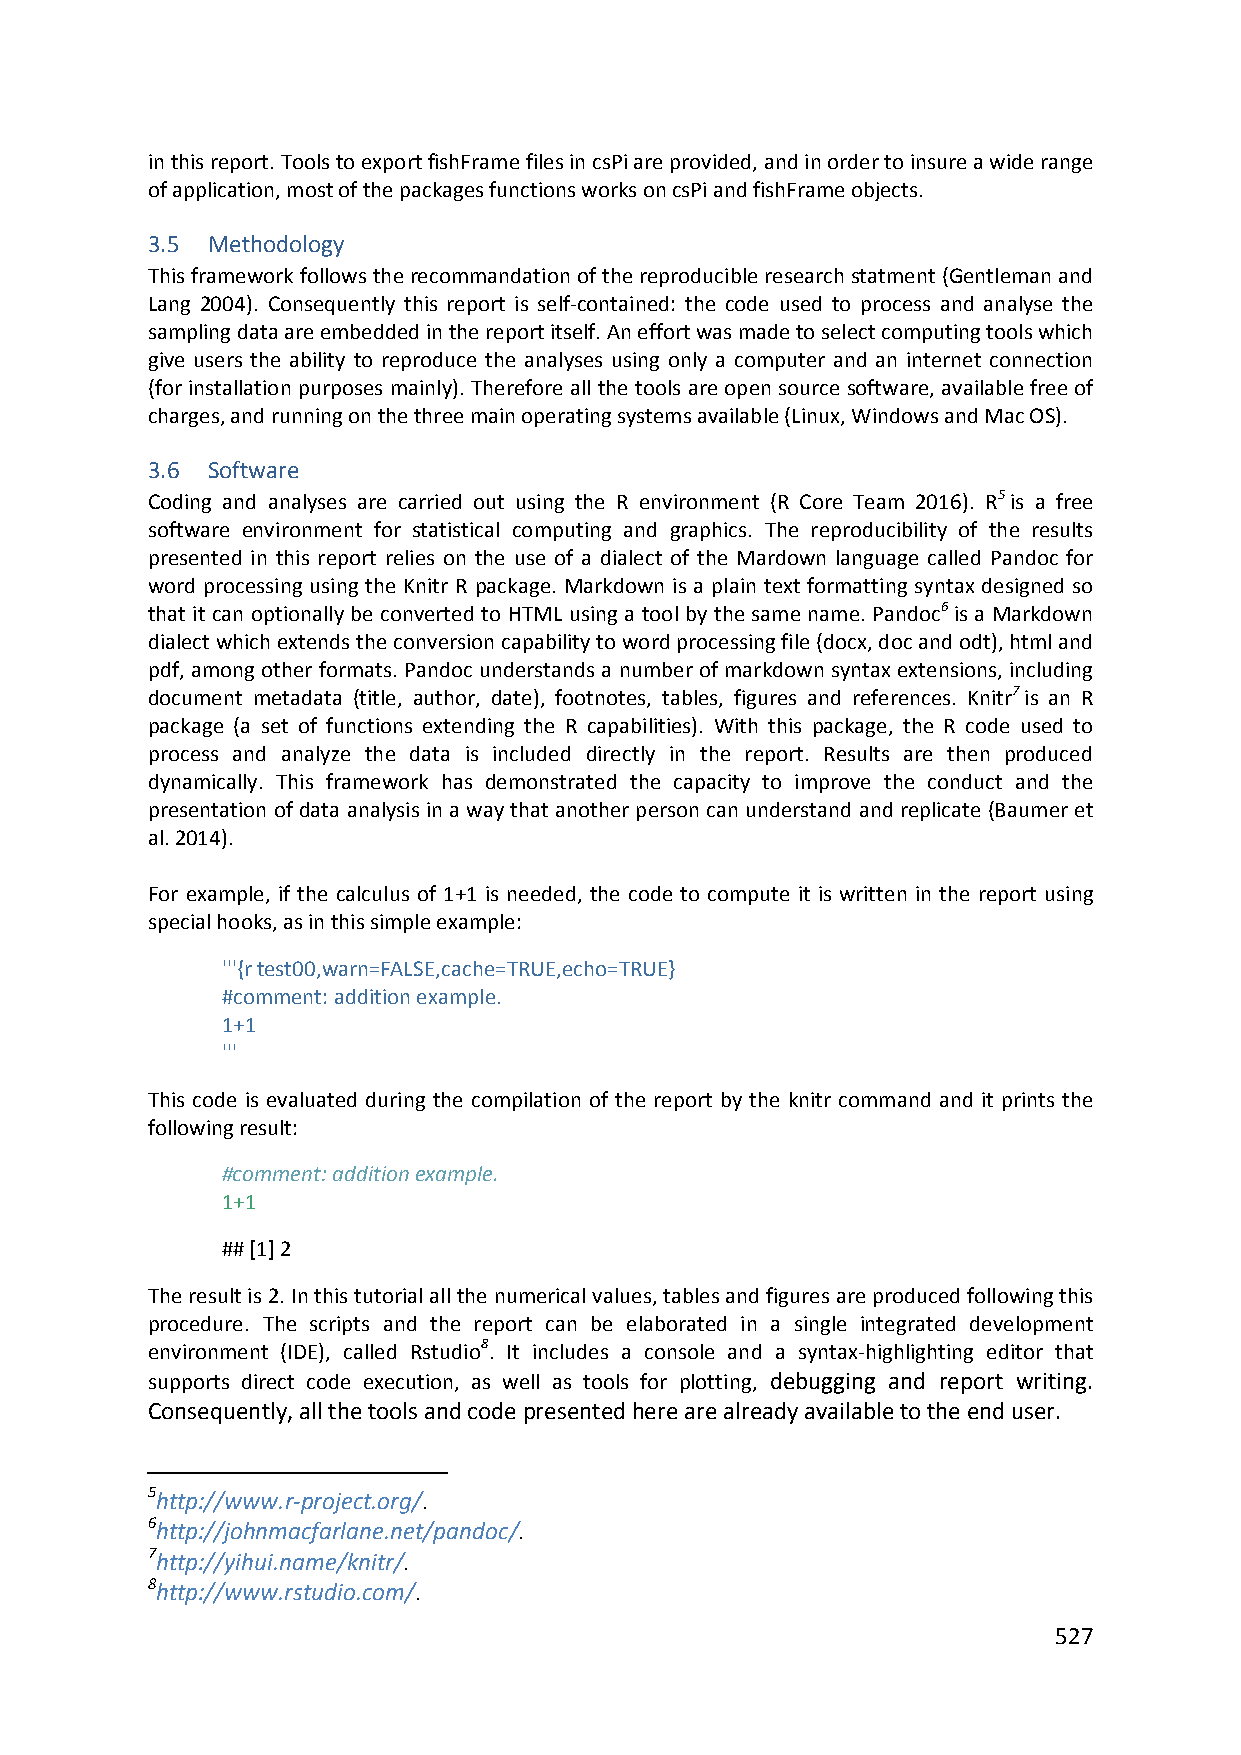
in this report. Tools to export fishFrame files in csPi are provided, and in order to insure a wide range
 of application, most of the packages functions works on csPi and fishFrame objects.
 3.5 Methodology
 This framework follows the recommandation of the reproducible research statment (Gentleman and
 Lang 2004). Consequently this report is self‐contained: the code used to process and analyse the
 sampling data are embedded in the report itself. An effort was made to select computing tools which
 give users the ability to reproduce the analyses using only a computer and an internet connection
 (for installation purposes mainly). Therefore all the tools are open source software, available free of
 charges, and running on the three main operating systems available (Linux, Windows and Mac OS).
 3.6 Software
 Coding and analyses are carried out using the R environment (R Core Team 2016). R5 is a free
 software environment for statistical computing and graphics. The reproducibility of the results
 presented in this report relies on the use of a dialect of the Mardown language called Pandoc for
 word processing using the Knitr R package. Markdown is a plain text formatting syntax designed so
 that it can optionally be converted to HTML using a tool by the same name. Pandoc6 is a Markdown
 dialect which extends the conversion capability to word processing file (docx, doc and odt), html and
 pdf, among other formats. Pandoc understands a number of markdown syntax extensions, including
 document metadata (title, author, date), footnotes, tables, figures and references. Knitr7 is an R
 package (a set of functions extending the R capabilities). With this package, the R code used to
 process and analyze the data is included directly in the report. Results are then produced
 dynamically. This framework has demonstrated the capacity to improve the conduct and the
 presentation of data analysis in a way that another person can understand and replicate (Baumer et
 al. 2014).
 For example, if the calculus of 1+1 is needed, the code to compute it is written in the report using
 special hooks, as in this simple example:
 '''{r test00,warn=FALSE,cache=TRUE,echo=TRUE}
 #comment: addition example.
 1+1
 '''
 This code is evaluated during the compilation of the report by the knitr command and it prints the
 following result:
 #comment: addition example.
 1+1
 ## [1] 2
 The result is 2. In this tutorial all the numerical values, tables and figures are produced following this
 procedure. The scripts and the report can be elaborated in a single integrated development
 environment (IDE), called Rstudio8. It includes a console and a syntax‐highlighting editor that
 supports direct code execution, as well as tools for plotting, debugging and report writing.
 Consequently, all the tools and code presented here are already available to the end user.
 5http://www.r‐project.org/.
 6http://johnmacfarlane.net/pandoc/.
 7http://yihui.name/knitr/.
 8http://www.rstudio.com/.
 527